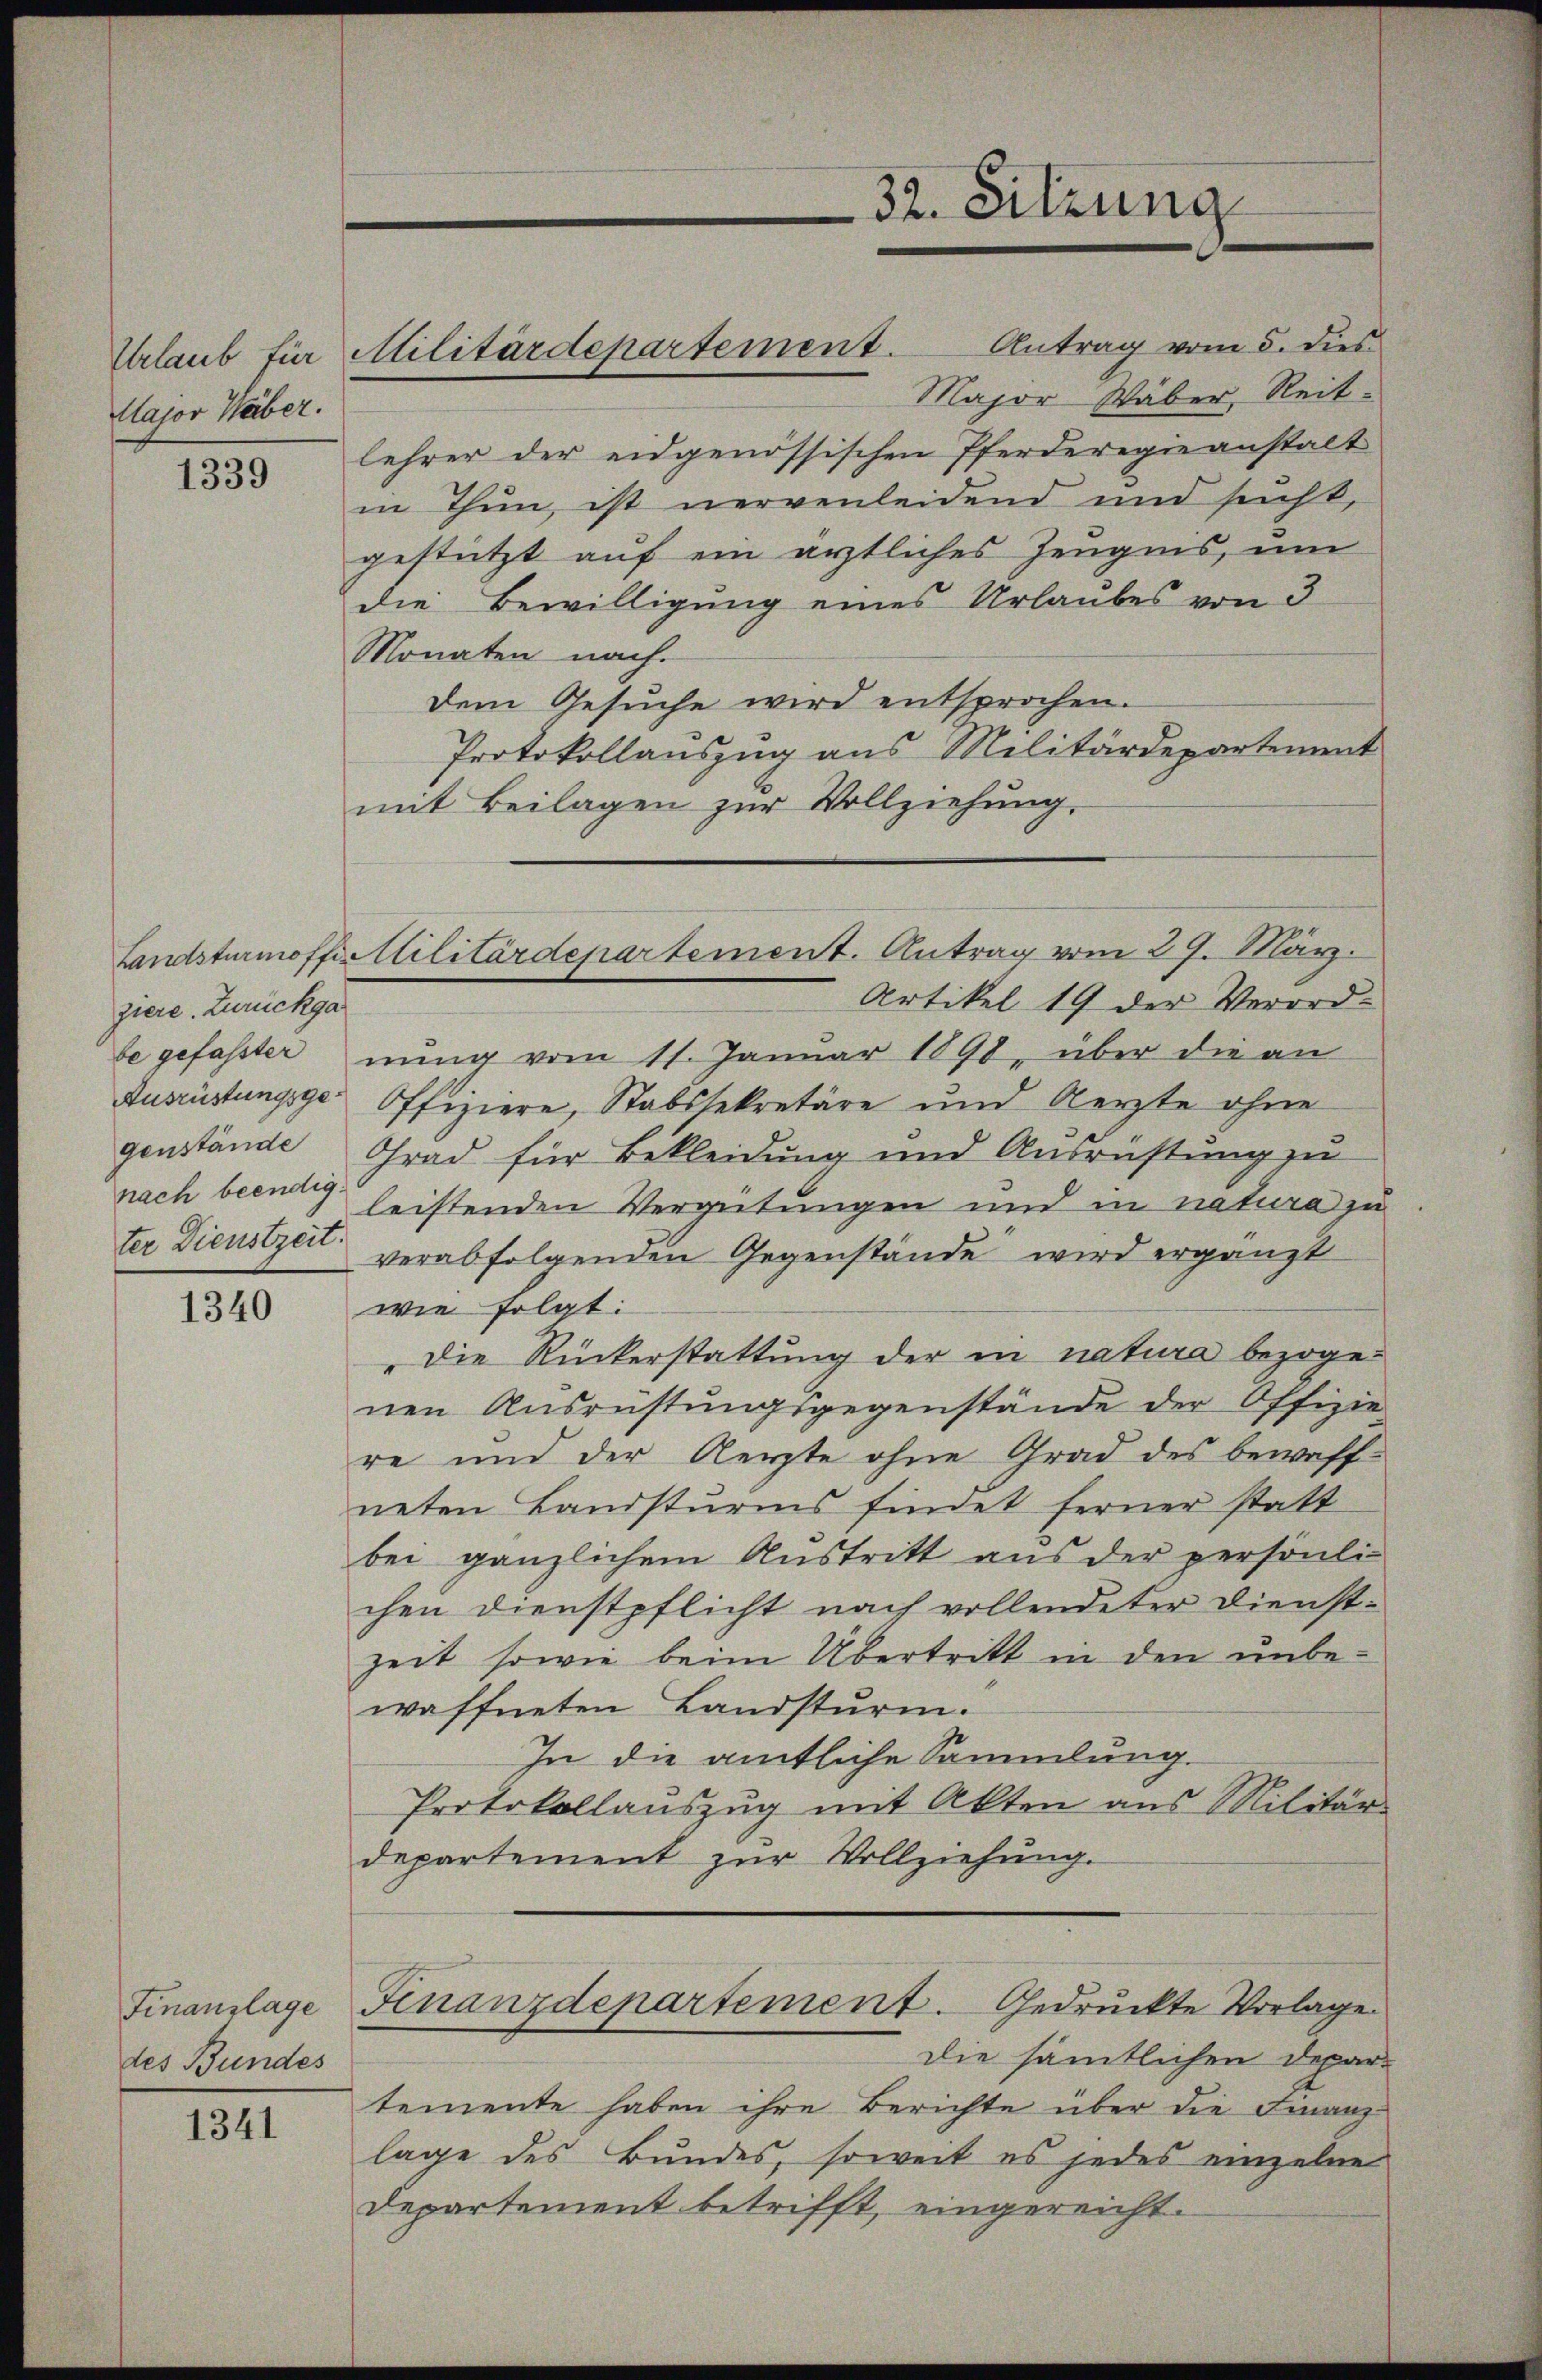
Major Weber.

1339

ziere. Zurückga
ter Dienstzeit.

1340

Finanzlage
des Bundes

1341

Urlaub für Militärdepartement. Antrag vom 5. dies

Landsturmoffittilitärdepartement. Antrag vom 29. März.

lehrer der eidgenössischen Pferderegieanstalt
in Thun, ist nervenleidend und sicht,
gestützt auf ein ärztliches Zeugnis, um
die Bewilligung eines Urlaubes von 3
Monaten nach.
dem Gesuche wird entsprochen.
Protokollauszug aus Militärdepartement
mit Beilagen zur Vollziehung.
Artikel 19 der Verord-
be gefasster nŭng vom 11. Januar 1890, über die an
Ausrüstungsge-Offiziere, Stabssekretäre und Aerzte ohne
genstände Grad für Bekleidung und Ausrüstung zu
nach bedung leistenden Verzeitungen und in natura zu
verabfolgenden Gegenstände wird ergänzt
wie folgt:
Die Rückerstattung der in natura bezogenen Ausrüstungsgegenstände der Offizie
re und der Aerzte ohne Grad des bewaffneten Landsturms findet ferner statt
bei gänzlichem Austritt aus der persönli
chen Dienstpflicht nach vollendeter Dienstzeit sowie beim Übertritt in den unbe-
waffneten Landsturm.
In die amtliche Sammlung.
Protokollauszug mit Akten aus Militär-
departement zur Vollziehung.
Finanzdepartement. Gedruckte Vorlage
die sämtlichen Departemente haben ihre Berichte über die Finanzlage des Bundes, soweit es jedes einzelne
Departement betrifft, eingereicht.

32. Sitzung

Major Wäber, Reit¬